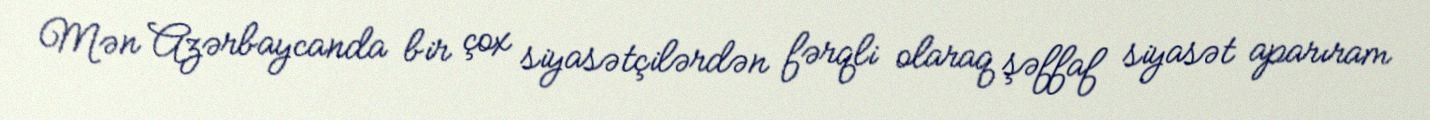
Mən Azərbaycanda bir çox siyasətçilərdən fərqli olaraq şəffaf siyasət aparıram